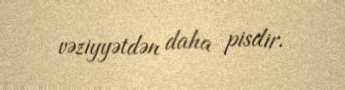
vəziyyətdən daha pisdir.